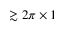
\gtrsim 2 \pi \times 1